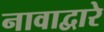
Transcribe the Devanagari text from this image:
नावाद्वारे